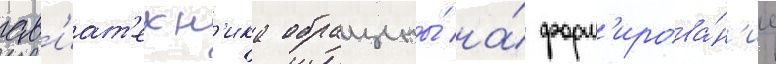
ав'иат'ехн'ика обращены́ на́ форм'ирова́н'ие